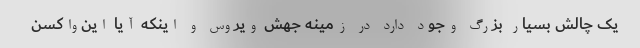
یک چالش بسیار بزرگ وجود دارد در زمینه جهش ویروس و اینکه آیا این‌واکسن